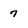
Character: 7